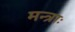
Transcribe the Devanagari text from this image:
मन्त्राः